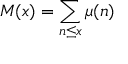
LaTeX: M ( x ) = \sum _ { n \leq x } \mu ( n )